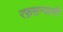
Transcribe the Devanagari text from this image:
रफ़सन्जानी